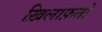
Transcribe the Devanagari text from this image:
ख़िलाफ़तों